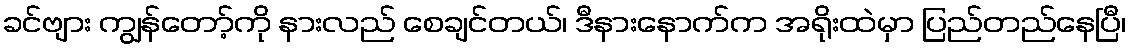
ခင်ဗျား ကျွန်တော့်ကို နားလည် စေချင်တယ်၊ ဒီနားနောက်က အရိုးထဲမှာ ပြည်တည်နေပြီ၊